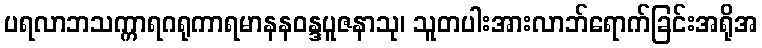
ပရလာဘသက္ကာရဂရုကာရမာနနဝန္ဒပူဇနာသု၊ သူတပါးအားလာဘ်ရောက်ခြင်းအရိုအ